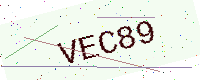
Text: VEC89